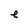
Character: e